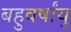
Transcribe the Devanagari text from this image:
बहुवर्षांयु